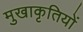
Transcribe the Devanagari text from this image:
मुखाकृतियों